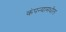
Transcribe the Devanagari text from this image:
कंपन्यामधील